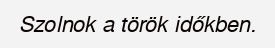
Szolnok a török időkben.